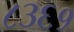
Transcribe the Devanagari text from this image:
८३६१